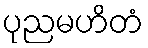
ပုညမဟိတံ